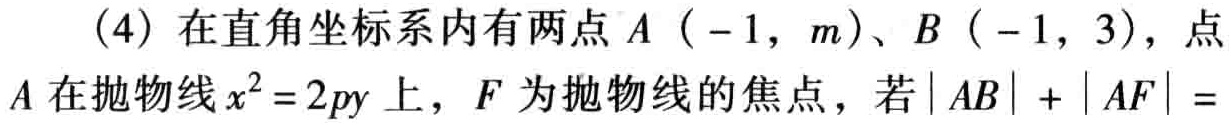
（4）在直角坐标系内有两点\(A（ - 1,m）、B（ - 1,3）\)，点\(A\)在抛物线\(x^{2}=2py\)上，\(F\)为抛物线的焦点，若\(\vert AB\vert+\vert AF\vert =\)